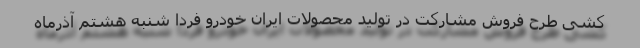
کشی طرح فروش مشارکت در تولید محصولات ایران خودرو فردا شنبه هشتم آذرماه